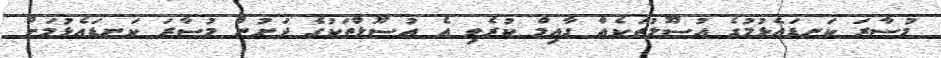
މުސާރަ ކަނޑައެޅުމުގެ އުސޫލުތަކެއް ގާއިމް ކުރެވި އެ އުސޫލްތަކުގެ ދަށުން މުސާރަ ކަނޑައެޅުމަށް